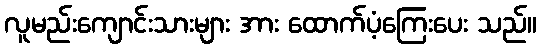
လူမည်းကျောင်းသားများ အား ထောက်ပံ့ကြေးပေး သည်။